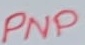
Text: PNP